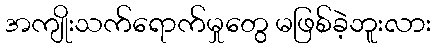
အကျိုးသက်ရောက်မှုတွေ မဖြစ်ခဲ့ဘူးလား